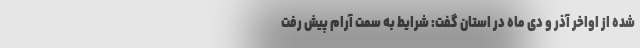
شده از اواخر آذر و دی ماه در استان گفت: شرایط به سمت آرام پیش رفت